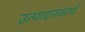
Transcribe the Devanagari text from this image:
उत्पादनकार्य